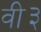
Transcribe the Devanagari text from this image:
वी३